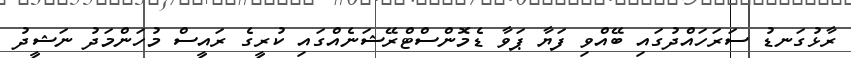
ރާޅުގަނޑު ސަރަހައްދުގައި ބޭއްވި ފަޔާ ޕަވާ ޑެމޮންސްޓްރޭޝަނެއްގައި ކުރީގެ ރައީސް މުހަންމަދު ނަޝީދު